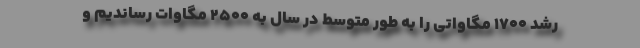
رشد ۱۷۰۰ مگاواتی را به طور متوسط در سال به ۲۵۰۰ مگاوات رساندیم و